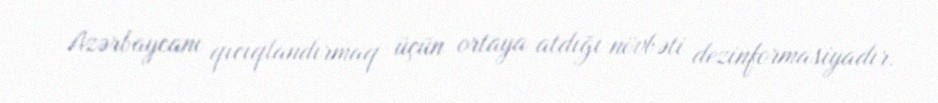
Azərbaycanı qıcıqlandırmaq üçün ortaya atdığı növbəti dezinformasiyadır.